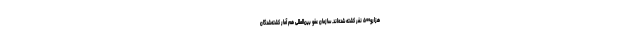
هزارو۵۰۰ نفر کشته شده‌اند. سازمان عفو بین‌المللی هم آمار کشته‌شدگان